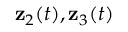
{ \bf z } _ { 2 } ( t ) , { \bf z } _ { 3 } ( t )